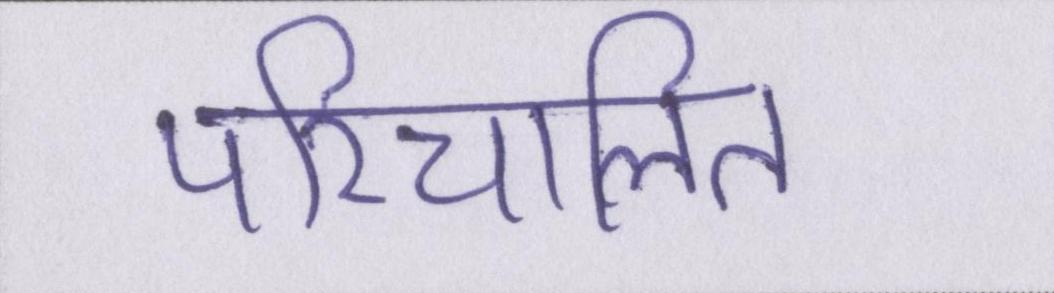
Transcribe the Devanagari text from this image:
परिचालित